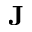
\mathbf { J }